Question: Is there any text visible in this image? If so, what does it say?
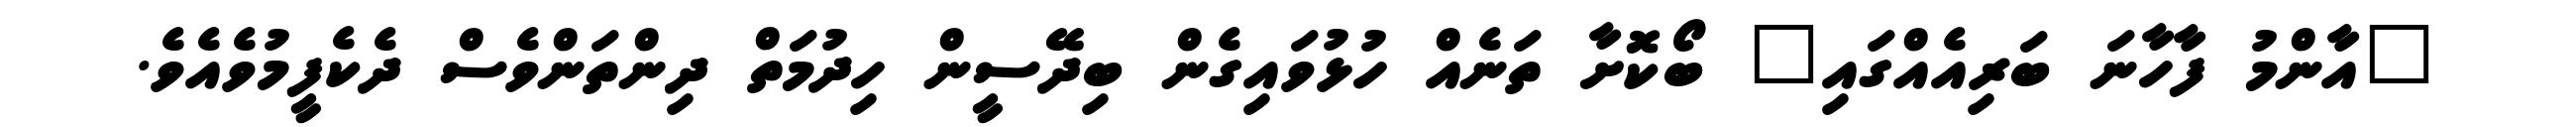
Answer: "އާންމު ފާހާނަ ބަރިއެއްގައި" ބޯކޮށާ ތަނެއް ހުޅުވައިގެން ބިދޭސީން ހިދުމަތް ދިންތަންވެސް ދެކެފީމުވެއެވެ.